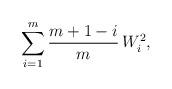
LaTeX: \begin{align*}\sum^m_{i=1} \frac{m+1-i}{m}\, W^2_{i},\end{align*}